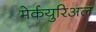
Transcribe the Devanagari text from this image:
मेर्कयुरिअल